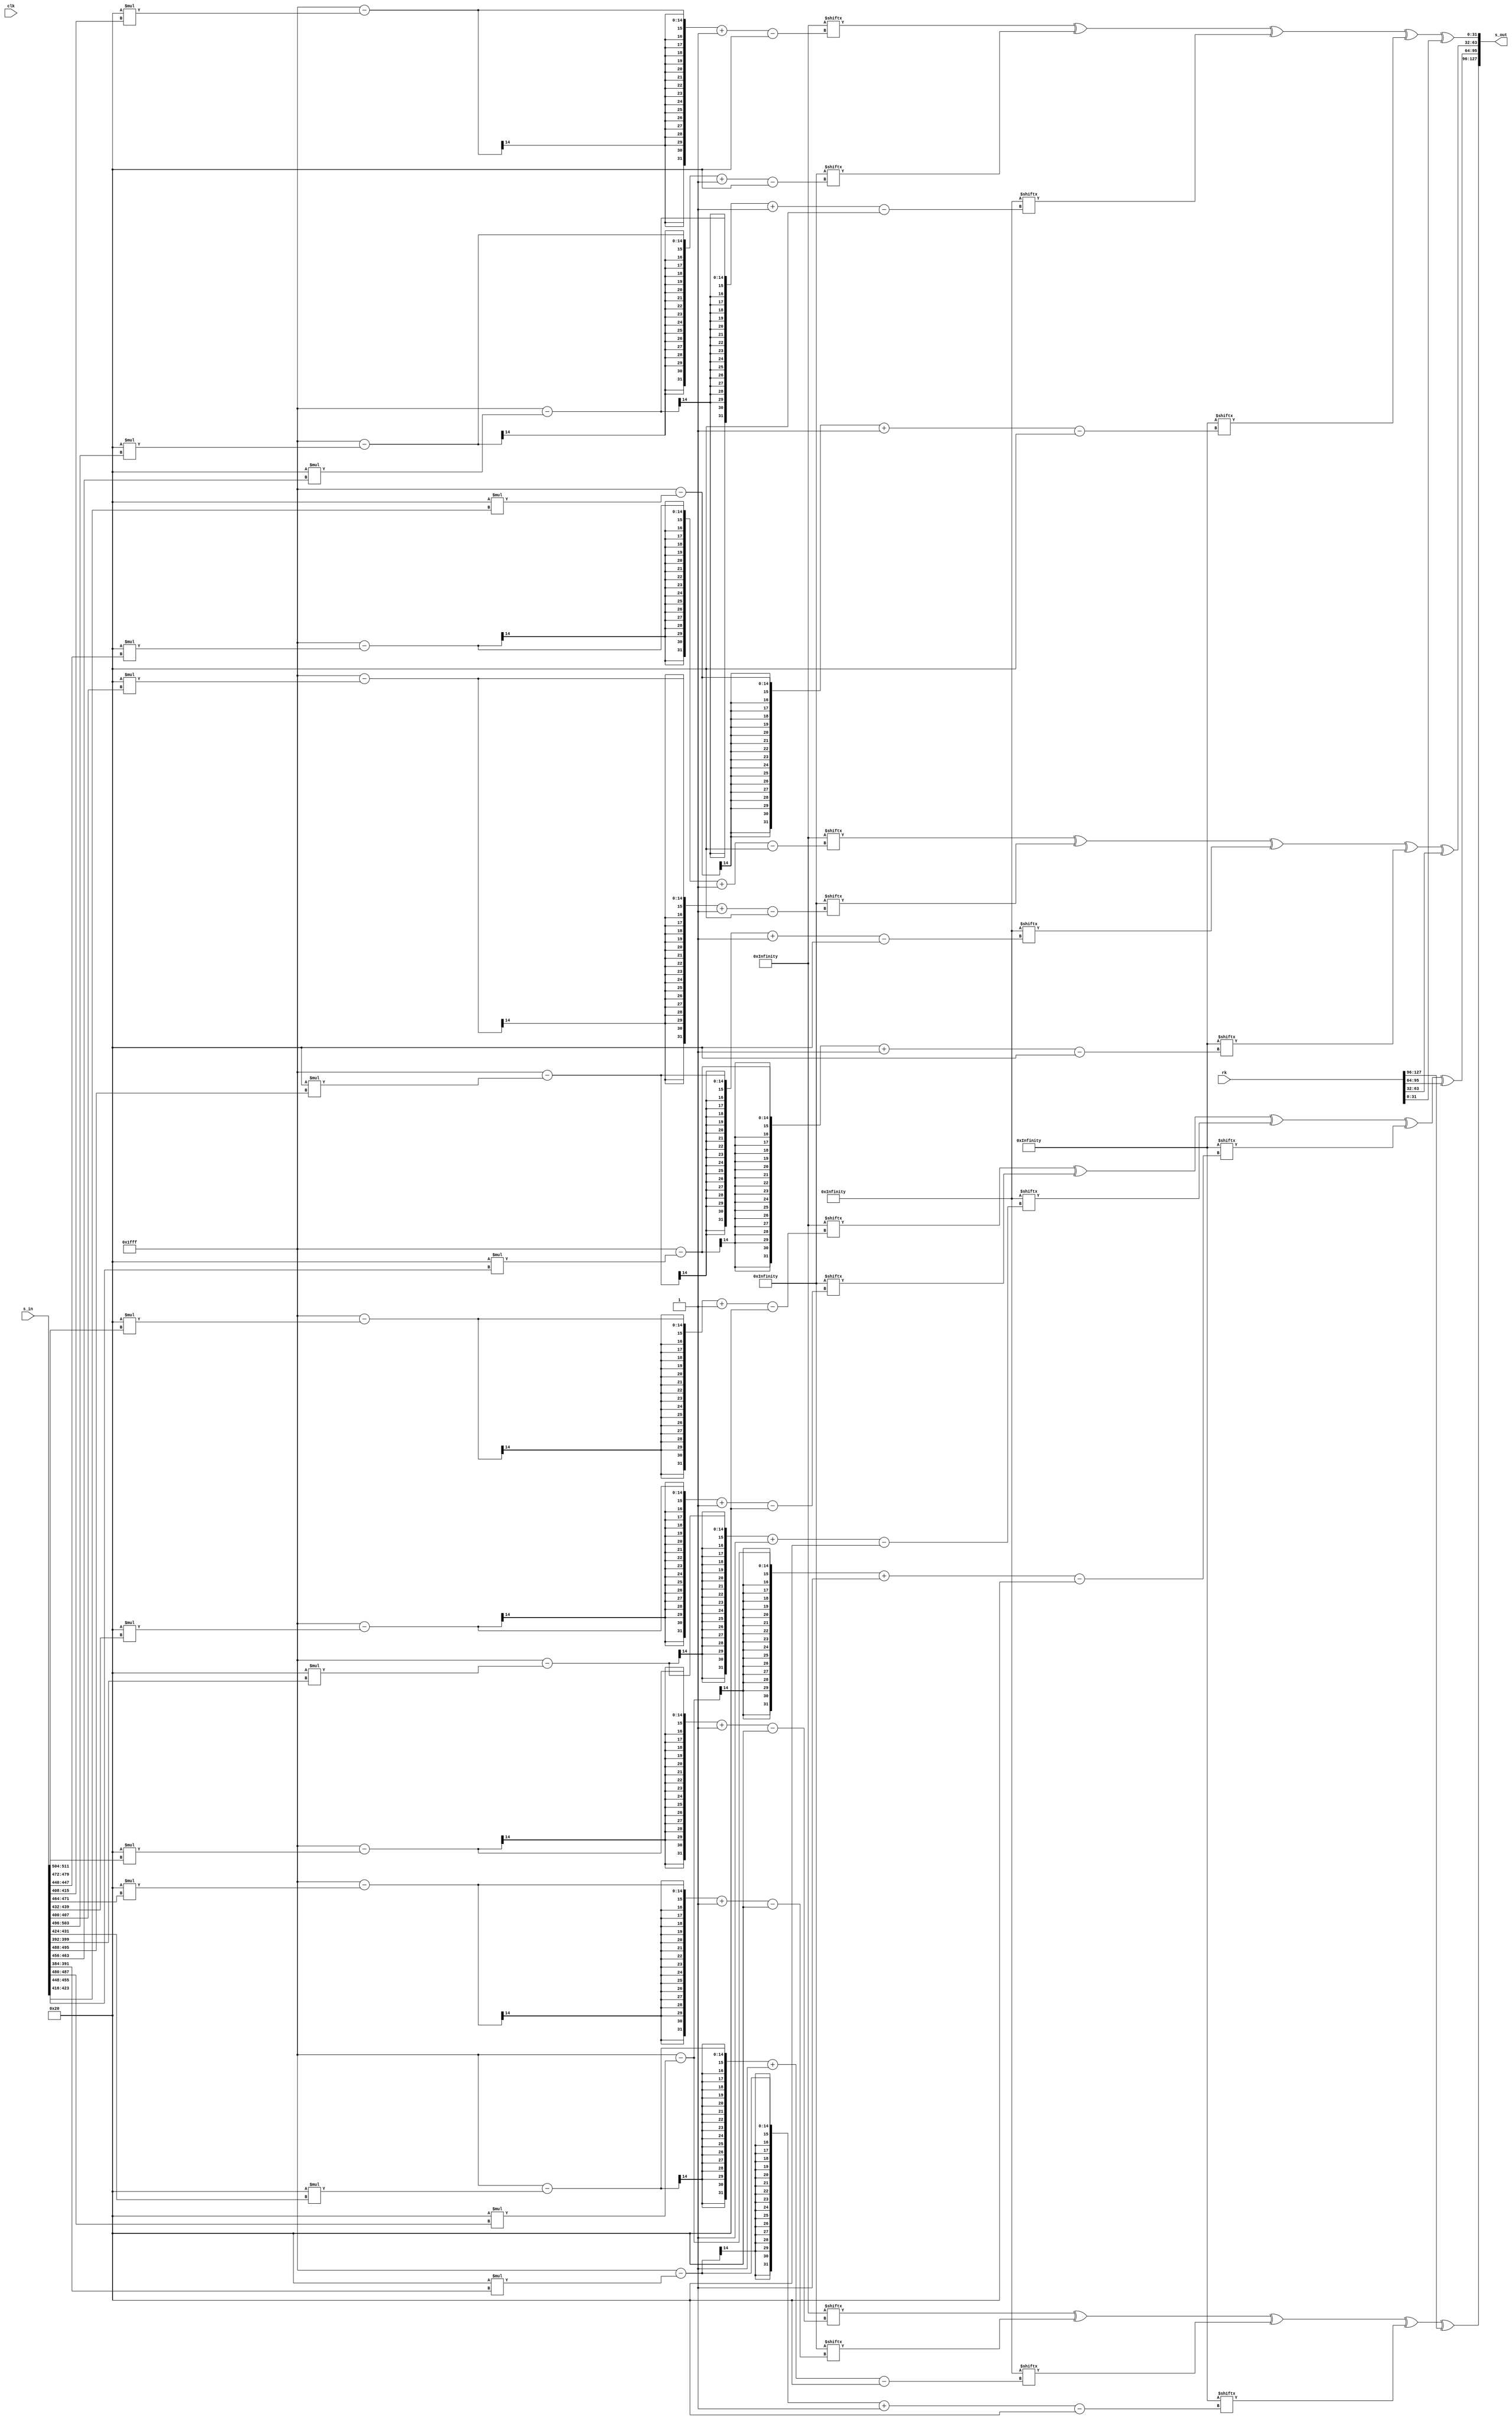
`timescale 1ns / 1ps

module aesenc_new(
    input clk,//I think only the top 128 bits are used at all?
    input [511:0] s_in, //input identical to c visually
    input [127:0] rk, //input identical to c visually
    output [127:0] s_out
    );
    
localparam sbox  = { 8'h63, 8'h7c, 8'h77, 8'h7b, 8'hf2, 8'h6b, 8'h6f, 8'hc5, 8'h30, 8'h01, 8'h67, 8'h2b, 8'hfe,
  8'hd7, 8'hab, 8'h76, 8'hca, 8'h82, 8'hc9, 8'h7d, 8'hfa, 8'h59, 8'h47, 8'hf0, 8'had, 8'hd4,
  8'ha2, 8'haf, 8'h9c, 8'ha4, 8'h72, 8'hc0, 8'hb7, 8'hfd, 8'h93, 8'h26, 8'h36, 8'h3f, 8'hf7,
  8'hcc, 8'h34, 8'ha5, 8'he5, 8'hf1, 8'h71, 8'hd8, 8'h31, 8'h15, 8'h04, 8'hc7, 8'h23, 8'hc3,
  8'h18, 8'h96, 8'h05, 8'h9a, 8'h07, 8'h12, 8'h80, 8'he2, 8'heb, 8'h27, 8'hb2, 8'h75, 8'h09,
  8'h83, 8'h2c, 8'h1a, 8'h1b, 8'h6e, 8'h5a, 8'ha0, 8'h52, 8'h3b, 8'hd6, 8'hb3, 8'h29, 8'he3,
  8'h2f, 8'h84, 8'h53, 8'hd1, 8'h00, 8'hed, 8'h20, 8'hfc, 8'hb1, 8'h5b, 8'h6a, 8'hcb, 8'hbe,
  8'h39, 8'h4a, 8'h4c, 8'h58, 8'hcf, 8'hd0, 8'hef, 8'haa, 8'hfb, 8'h43, 8'h4d, 8'h33, 8'h85,
  8'h45, 8'hf9, 8'h02, 8'h7f, 8'h50, 8'h3c, 8'h9f, 8'ha8, 8'h51, 8'ha3, 8'h40, 8'h8f, 8'h92,
  8'h9d, 8'h38, 8'hf5, 8'hbc, 8'hb6, 8'hda, 8'h21, 8'h10, 8'hff, 8'hf3, 8'hd2, 8'hcd, 8'h0c,
  8'h13, 8'hec, 8'h5f, 8'h97, 8'h44, 8'h17, 8'hc4, 8'ha7, 8'h7e, 8'h3d, 8'h64, 8'h5d, 8'h19,
  8'h73, 8'h60, 8'h81, 8'h4f, 8'hdc, 8'h22, 8'h2a, 8'h90, 8'h88, 8'h46, 8'hee, 8'hb8, 8'h14,
  8'hde, 8'h5e, 8'h0b, 8'hdb, 8'he0, 8'h32, 8'h3a, 8'h0a, 8'h49, 8'h06, 8'h24, 8'h5c, 8'hc2,
  8'hd3, 8'hac, 8'h62, 8'h91, 8'h95, 8'he4, 8'h79, 8'he7, 8'hc8, 8'h37, 8'h6d, 8'h8d, 8'hd5,
  8'h4e, 8'ha9, 8'h6c, 8'h56, 8'hf4, 8'hea, 8'h65, 8'h7a, 8'hae, 8'h08, 8'hba, 8'h78, 8'h25,
  8'h2e, 8'h1c, 8'ha6, 8'hb4, 8'hc6, 8'he8, 8'hdd, 8'h74, 8'h1f, 8'h4b, 8'hbd, 8'h8b, 8'h8a,
  8'h70, 8'h3e, 8'hb5, 8'h66, 8'h48, 8'h03, 8'hf6, 8'h0e, 8'h61, 8'h35, 8'h57, 8'hb9, 8'h86,
  8'hc1, 8'h1d, 8'h9e, 8'he1, 8'hf8, 8'h98, 8'h11, 8'h69, 8'hd9, 8'h8e, 8'h94, 8'h9b, 8'h1e,
  8'h87, 8'he9, 8'hce, 8'h55, 8'h28, 8'hdf, 8'h8c, 8'ha1, 8'h89, 8'h0d, 8'hbf, 8'he6, 8'h42,
  8'h68, 8'h41, 8'h99, 8'h2d, 8'h0f, 8'hb0, 8'h54, 8'hbb, 8'h16 };
  //unpacked because sysverilog won't allow packed localparams
  localparam [2047:0] saes_data_default = { 8'h63, 8'h7c, 8'h77, 8'h7b, 8'hf2, 8'h6b, 8'h6f, 8'hc5,
    8'h30, 8'h01, 8'h67, 8'h2b, 8'hfe, 8'hd7, 8'hab, 8'h76,
    8'hca, 8'h82, 8'hc9, 8'h7d, 8'hfa, 8'h59, 8'h47, 8'hf0,
    8'had, 8'hd4, 8'ha2, 8'haf, 8'h9c, 8'ha4, 8'h72, 8'hc0,
    8'hb7, 8'hfd, 8'h93, 8'h26, 8'h36, 8'h3f, 8'hf7, 8'hcc,
    8'h34, 8'ha5, 8'he5, 8'hf1, 8'h71, 8'hd8, 8'h31, 8'h15,
    8'h04, 8'hc7, 8'h23, 8'hc3, 8'h18, 8'h96, 8'h05, 8'h9a,
    8'h07, 8'h12, 8'h80, 8'he2, 8'heb, 8'h27, 8'hb2, 8'h75,
    8'h09, 8'h83, 8'h2c, 8'h1a, 8'h1b, 8'h6e, 8'h5a, 8'ha0,
    8'h52, 8'h3b, 8'hd6, 8'hb3, 8'h29, 8'he3, 8'h2f, 8'h84,
    8'h53, 8'hd1, 8'h00, 8'hed, 8'h20, 8'hfc, 8'hb1, 8'h5b,
    8'h6a, 8'hcb, 8'hbe, 8'h39, 8'h4a, 8'h4c, 8'h58, 8'hcf,
    8'hd0, 8'hef, 8'haa, 8'hfb, 8'h43, 8'h4d, 8'h33, 8'h85,
    8'h45, 8'hf9, 8'h02, 8'h7f, 8'h50, 8'h3c, 8'h9f, 8'ha8,
    8'h51, 8'ha3, 8'h40, 8'h8f, 8'h92, 8'h9d, 8'h38, 8'hf5,
    8'hbc, 8'hb6, 8'hda, 8'h21, 8'h10, 8'hff, 8'hf3, 8'hd2,
    8'hcd, 8'h0c, 8'h13, 8'hec, 8'h5f, 8'h97, 8'h44, 8'h17,
    8'hc4, 8'ha7, 8'h7e, 8'h3d, 8'h64, 8'h5d, 8'h19, 8'h73,
    8'h60, 8'h81, 8'h4f, 8'hdc, 8'h22, 8'h2a, 8'h90, 8'h88,
    8'h46, 8'hee, 8'hb8, 8'h14, 8'hde, 8'h5e, 8'h0b, 8'hdb,
    8'he0, 8'h32, 8'h3a, 8'h0a, 8'h49, 8'h06, 8'h24, 8'h5c,
    8'hc2, 8'hd3, 8'hac, 8'h62, 8'h91, 8'h95, 8'he4, 8'h79,
    8'he7, 8'hc8, 8'h37, 8'h6d, 8'h8d, 8'hd5, 8'h4e, 8'ha9,
    8'h6c, 8'h56, 8'hf4, 8'hea, 8'h65, 8'h7a, 8'hae, 8'h08,
    8'hba, 8'h78, 8'h25, 8'h2e, 8'h1c, 8'ha6, 8'hb4, 8'hc6,
    8'he8, 8'hdd, 8'h74, 8'h1f, 8'h4b, 8'hbd, 8'h8b, 8'h8a,
    8'h70, 8'h3e, 8'hb5, 8'h66, 8'h48, 8'h03, 8'hf6, 8'h0e,
    8'h61, 8'h35, 8'h57, 8'hb9, 8'h86, 8'hc1, 8'h1d, 8'h9e,
    8'he1, 8'hf8, 8'h98, 8'h11, 8'h69, 8'hd9, 8'h8e, 8'h94,
    8'h9b, 8'h1e, 8'h87, 8'he9, 8'hce, 8'h55, 8'h28, 8'hdf,
    8'h8c, 8'ha1, 8'h89, 8'h0d, 8'hbf, 8'he6, 8'h42, 8'h68,
    8'h41, 8'h99, 8'h2d, 8'h0f, 8'hb0, 8'h54, 8'hbb, 8'h16 };
   
   
localparam [32767:0] saes  ={128'hc66363a5f87c7c84ee777799f67b7b8d, 128'hfff2f20dd66b6bbdde6f6fb191c5c554,128'h6030305002010103ce6767a9562b2b7d,128'he7fefe19b5d7d7624dababe6ec76769a,128'h8fcaca451f82829d89c9c940fa7d7d87,128'heffafa15b25959eb8e4747c9fbf0f00b,128'h41adadecb3d4d4675fa2a2fd45afafea,128'h239c9cbf53a4a4f7e47272969bc0c05b,128'h75b7b7c2e1fdfd1c3d9393ae4c26266a,128'h6c36365a7e3f3f41f5f7f70283cccc4f,128'h6834345c51a5a5f4d1e5e534f9f1f108,128'he2717193abd8d873623131532a15153f,128'h0804040c95c7c752462323659dc3c35e,128'h30181828379696a10a05050f2f9a9ab5,128'h0e070709241212361b80809bdfe2e23d,128'hcdebeb264e2727697fb2b2cdea75759f,128'h1209091b1d83839e582c2c74341a1a2e,128'h361b1b2ddc6e6eb2b45a5aee5ba0a0fb,128'ha45252f6763b3b4db7d6d6617db3b3ce,128'h5229297bdde3e33e5e2f2f7113848497,128'ha65353f5b9d1d16800000000c1eded2c,128'h40202060e3fcfc1f79b1b1c8b65b5bed,128'hd46a6abe8dcbcb4667bebed97239394b,128'h944a4ade984c4cd4b05858e885cfcf4a,128'hbbd0d06bc5efef2a4faaaae5edfbfb16,128'h864343c59a4d4dd76633335511858594,128'h8a4545cfe9f9f91004020206fe7f7f81,128'ha05050f0783c3c44259f9fba4ba8a8e3,128'ha25151f35da3a3fe804040c0058f8f8a,128'h3f9292ad219d9dbc70383848f1f5f504,128'h63bcbcdf77b6b6c1afdada7542212163,128'h20101030e5ffff1afdf3f30ebfd2d26d,128'h81cdcd4c180c0c1426131335c3ecec2f,128'hbe5f5fe1359797a2884444cc2e171739,128'h93c4c45755a7a7f2fc7e7e827a3d3d47,128'hc86464acba5d5de73219192be6737395,128'hc06060a0198181989e4f4fd1a3dcdc7f,128'h44222266542a2a7e3b9090ab0b888883,128'h8c4646cac7eeee296bb8b8d32814143c,128'ha7dede79bc5e5ee2160b0b1daddbdb76,128'hdbe0e03b64323256743a3a4e140a0a1e,128'h924949db0c06060a4824246cb85c5ce4,128'h9fc2c25dbdd3d36e43acacefc46262a6,128'h399191a8319595a4d3e4e437f279798b,128'hd5e7e7328bc8c8436e373759da6d6db7,128'h018d8d8cb1d5d5649c4e4ed249a9a9e0,128'hd86c6cb4ac5656faf3f4f407cfeaea25,128'hca6565aff47a7a8e47aeaee910080818,128'h6fbabad5f07878884a25256f5c2e2e72,128'h381c1c2457a6a6f173b4b4c797c6c651,128'hcbe8e823a1dddd7ce874749c3e1f1f21,128'h964b4bdd61bdbddc0d8b8b860f8a8a85,128'he07070907c3e3e4271b5b5c4cc6666aa,128'h904848d806030305f7f6f6011c0e0e12,128'hc26161a36a35355fae5757f969b9b9d0,128'h1786869199c1c1583a1d1d27279e9eb9,128'hd9e1e138ebf8f8132b9898b322111133,128'hd26969bba9d9d970078e8e89339494a7,128'h2d9b9bb63c1e1e2215878792c9e9e920,128'h87cece49aa5555ff50282878a5dfdf7a,128'h038c8c8f59a1a1f8098989801a0d0d17,128'h65bfbfdad7e6e631844242c6d06868b8,128'h824141c3299999b05a2d2d771e0f0f11,128'h7bb0b0cba85454fc6dbbbbd62c16163a,128'ha5c6636384f87c7c99ee77778df67b7b,128'h0dfff2f2bdd66b6bb1de6f6f5491c5c5,128'h5060303003020101a9ce67677d562b2b,128'h19e7fefe62b5d7d7e64dabab9aec7676,128'h458fcaca9d1f82824089c9c987fa7d7d,128'h15effafaebb25959c98e47470bfbf0f0,128'hec41adad67b3d4d4fd5fa2a2ea45afaf,128'hbf239c9cf753a4a496e472725b9bc0c0,128'hc275b7b71ce1fdfdae3d93936a4c2626,128'h5a6c3636417e3f3f02f5f7f74f83cccc,128'h5c683434f451a5a534d1e5e508f9f1f1,128'h93e2717173abd8d8536231313f2a1515,128'h0c0804045295c7c7654623235e9dc3c3,128'h28301818a13796960f0a0505b52f9a9a,128'h090e0707362412129b1b80803ddfe2e2,128'h26cdebeb694e2727cd7fb2b29fea7575,128'h1b1209099e1d838374582c2c2e341a1a,128'h2d361b1bb2dc6e6eeeb45a5afb5ba0a0,128'hf6a452524d763b3b61b7d6d6ce7db3b3,128'h7b5229293edde3e3715e2f2f97138484,128'hf5a6535368b9d1d1000000002cc1eded,128'h604020201fe3fcfcc879b1b1edb65b5b,128'hbed46a6a468dcbcbd967bebe4b723939,128'hde944a4ad4984c4ce8b058584a85cfcf,128'h6bbbd0d02ac5efefe54faaaa16edfbfb,128'hc5864343d79a4d4d5566333394118585,128'hcf8a454510e9f9f90604020281fe7f7f,128'hf0a0505044783c3cba259f9fe34ba8a8,128'hf3a25151fe5da3a3c08040408a058f8f,128'had3f9292bc219d9d4870383804f1f5f5,128'hdf63bcbcc177b6b675afdada63422121,128'h302010101ae5ffff0efdf3f36dbfd2d2,128'h4c81cdcd14180c0c352613132fc3ecec,128'he1be5f5fa2359797cc884444392e1717,128'h5793c4c4f255a7a782fc7e7e477a3d3d,128'hacc86464e7ba5d5d2b32191995e67373,128'ha0c0606098198181d19e4f4f7fa3dcdc,128'h664422227e542a2aab3b9090830b8888,128'hca8c464629c7eeeed36bb8b83c281414,128'h79a7dedee2bc5e5e1d160b0b76addbdb,128'h3bdbe0e0566432324e743a3a1e140a0a,128'hdb9249490a0c06066c482424e4b85c5c,128'h5d9fc2c26ebdd3d3ef43acaca6c46262,128'ha8399191a431959537d3e4e48bf27979,128'h32d5e7e7438bc8c8596e3737b7da6d6d,128'h8c018d8d64b1d5d5d29c4e4ee049a9a9,128'hb4d86c6cfaac565607f3f4f425cfeaea,128'hafca65658ef47a7ae947aeae18100808,128'hd56fbaba88f078786f4a2525725c2e2e,128'h24381c1cf157a6a6c773b4b45197c6c6,128'h23cbe8e87ca1dddd9ce87474213e1f1f,128'hdd964b4bdc61bdbd860d8b8b850f8a8a,128'h90e07070427c3e3ec471b5b5aacc6666,128'hd89048480506030301f7f6f6121c0e0e,128'ha3c261615f6a3535f9ae5757d069b9b9,128'h911786865899c1c1273a1d1db9279e9e,128'h38d9e1e113ebf8f8b32b989833221111,128'hbbd2696970a9d9d989078e8ea7339494,128'hb62d9b9b223c1e1e9215878720c9e9e9,128'h4987ceceffaa5555785028287aa5dfdf,128'h8f038c8cf859a1a180098989171a0d0d,128'hda65bfbf31d7e6e6c6844242b8d06868,128'hc3824141b0299999775a2d2d111e0f0f,128'hcb7bb0b0fca85454d66dbbbb3a2c1616,128'h63a5c6637c84f87c7799ee777b8df67b,128'hf20dfff26bbdd66b6fb1de6fc55491c5,128'h305060300103020167a9ce672b7d562b,128'hfe19e7fed762b5d7abe64dab769aec76,128'hca458fca829d1f82c94089c97d87fa7d,128'hfa15effa59ebb25947c98e47f00bfbf0,128'hadec41add467b3d4a2fd5fa2afea45af,128'h9cbf239ca4f753a47296e472c05b9bc0,128'hb7c275b7fd1ce1fd93ae3d93266a4c26,128'h365a6c363f417e3ff702f5f7cc4f83cc,128'h345c6834a5f451a5e534d1e5f108f9f1,128'h7193e271d873abd831536231153f2a15,128'h040c0804c75295c723654623c35e9dc3,128'h1828301896a13796050f0a059ab52f9a,128'h07090e0712362412809b1b80e23ddfe2,128'heb26cdeb27694e27b2cd7fb2759fea75,128'h091b1209839e1d832c74582c1a2e341a,128'h1b2d361b6eb2dc6e5aeeb45aa0fb5ba0,128'h52f6a4523b4d763bd661b7d6b3ce7db3,128'h297b5229e33edde32f715e2f84971384,128'h53f5a653d168b9d100000000ed2cc1ed,128'h20604020fc1fe3fcb1c879b15bedb65b,128'h6abed46acb468dcbbed967be394b7239,128'h4ade944a4cd4984c58e8b058cf4a85cf,128'hd06bbbd0ef2ac5efaae54faafb16edfb,128'h43c586434dd79a4d3355663385941185,128'h45cf8a45f910e9f9020604027f81fe7f,128'h50f0a0503c44783c9fba259fa8e34ba8,128'h51f3a251a3fe5da340c080408f8a058f,128'h92ad3f929dbc219d38487038f504f1f5,128'hbcdf63bcb6c177b6da75afda21634221,128'h10302010ff1ae5fff30efdf3d26dbfd2,128'hcd4c81cd0c14180c13352613ec2fc3ec,128'h5fe1be5f97a2359744cc884417392e17,128'hc45793c4a7f255a77e82fc7e3d477a3d,128'h64acc8645de7ba5d192b32197395e673,128'h60a0c060819819814fd19e4fdc7fa3dc,128'h226644222a7e542a90ab3b9088830b88,128'h46ca8c46ee29c7eeb8d36bb8143c2814,128'hde79a7de5ee2bc5e0b1d160bdb76addb,128'he03bdbe0325664323a4e743a0a1e140a,128'h49db9249060a0c06246c48245ce4b85c,128'hc25d9fc2d36ebdd3acef43ac62a6c462,128'h91a8399195a43195e437d3e4798bf279,128'he732d5e7c8438bc837596e376db7da6d,128'h8d8c018dd564b1d54ed29c4ea9e049a9,128'h6cb4d86c56faac56f407f3f4ea25cfea,128'h65afca657a8ef47aaee947ae08181008,128'hbad56fba7888f078256f4a252e725c2e,128'h1c24381ca6f157a6b4c773b4c65197c6,128'he823cbe8dd7ca1dd749ce8741f213e1f,128'h4bdd964bbddc61bd8b860d8b8a850f8a,128'h7090e0703e427c3eb5c471b566aacc66,128'h48d8904803050603f601f7f60e121c0e,128'h61a3c261355f6a3557f9ae57b9d069b9,128'h86911786c15899c11d273a1d9eb9279e,128'he138d9e1f813ebf898b32b9811332211,128'h69bbd269d970a9d98e89078e94a73394,128'h9bb62d9b1e223c1e87921587e920c9e9,128'hce4987ce55ffaa5528785028df7aa5df,128'h8c8f038ca1f859a1898009890d171a0d,128'hbfda65bfe631d7e642c6844268b8d068,128'h41c3824199b029992d775a2d0f111e0f,128'hb0cb7bb054fca854bbd66dbb163a2c16,128'h6363a5c67c7c84f8777799ee7b7b8df6,128'hf2f20dff6b6bbdd66f6fb1dec5c55491,128'h30305060010103026767a9ce2b2b7d56,128'hfefe19e7d7d762b5ababe64d76769aec,128'hcaca458f82829d1fc9c940897d7d87fa,128'hfafa15ef5959ebb24747c98ef0f00bfb,128'hadadec41d4d467b3a2a2fd5fafafea45,128'h9c9cbf23a4a4f753727296e4c0c05b9b,128'hb7b7c275fdfd1ce19393ae3d26266a4c,128'h36365a6c3f3f417ef7f702f5cccc4f83,128'h34345c68a5a5f451e5e534d1f1f108f9,128'h717193e2d8d873ab3131536215153f2a,128'h04040c08c7c7529523236546c3c35e9d,128'h181828309696a13705050f0a9a9ab52f,128'h0707090e1212362480809b1be2e23ddf,128'hebeb26cd2727694eb2b2cd7f75759fea,128'h09091b1283839e1d2c2c74581a1a2e34,128'h1b1b2d366e6eb2dc5a5aeeb4a0a0fb5b,128'h5252f6a43b3b4d76d6d661b7b3b3ce7d,128'h29297b52e3e33edd2f2f715e84849713,128'h5353f5a6d1d168b900000000eded2cc1,128'h20206040fcfc1fe3b1b1c8795b5bedb6,128'h6a6abed4cbcb468dbebed96739394b72,128'h4a4ade944c4cd4985858e8b0cfcf4a85,128'hd0d06bbbefef2ac5aaaae54ffbfb16ed,128'h4343c5864d4dd79a3333556685859411,128'h4545cf8af9f910e9020206047f7f81fe,128'h5050f0a03c3c44789f9fba25a8a8e34b,128'h5151f3a2a3a3fe5d4040c0808f8f8a05,128'h9292ad3f9d9dbc2138384870f5f504f1,128'hbcbcdf63b6b6c177dada75af21216342,128'h10103020ffff1ae5f3f30efdd2d26dbf,128'hcdcd4c810c0c141813133526ecec2fc3,128'h5f5fe1be9797a2354444cc881717392e,128'hc4c45793a7a7f2557e7e82fc3d3d477a,128'h6464acc85d5de7ba19192b32737395e6,128'h6060a0c0818198194f4fd19edcdc7fa3,128'h222266442a2a7e549090ab3b8888830b,128'h4646ca8ceeee29c7b8b8d36b14143c28,128'hdede79a75e5ee2bc0b0b1d16dbdb76ad,128'he0e03bdb323256643a3a4e740a0a1e14,128'h4949db9206060a0c24246c485c5ce4b8,128'hc2c25d9fd3d36ebdacacef436262a6c4,128'h9191a8399595a431e4e437d379798bf2,128'he7e732d5c8c8438b3737596e6d6db7da,128'h8d8d8c01d5d564b14e4ed29ca9a9e049,128'h6c6cb4d85656faacf4f407f3eaea25cf,128'h6565afca7a7a8ef4aeaee94708081810,128'hbabad56f787888f025256f4a2e2e725c,128'h1c1c2438a6a6f157b4b4c773c6c65197,128'he8e823cbdddd7ca174749ce81f1f213e,128'h4b4bdd96bdbddc618b8b860d8a8a850f,128'h707090e03e3e427cb5b5c4716666aacc,128'h4848d89003030506f6f601f70e0e121c,128'h6161a3c235355f6a5757f9aeb9b9d069,128'h86869117c1c158991d1d273a9e9eb927,128'he1e138d9f8f813eb9898b32b11113322,128'h6969bbd2d9d970a98e8e89079494a733,128'h9b9bb62d1e1e223c87879215e9e920c9,128'hcece49875555ffaa28287850dfdf7aa5,128'h8c8c8f03a1a1f859898980090d0d171a,128'hbfbfda65e6e631d74242c6846868b8d0,128'h4141c3829999b0292d2d775a0f0f111e,128'hb0b0cb7b5454fca8bbbbd66d16163a2c};
   
   
localparam [15:0] wpoly = 16'b0000000100011011; //283 or 0x011b
localparam [127:0] test = {128'hc66363a5f87c7c84f87c7c84ee777799};

wire [127:0] s;
genvar i;

generate //allows s input to be identical to c code
    for(i=0; i<4; i = i+1)begin
        assign s[127 -(i*32)-: 32] = {s_in[487 -(i*32) -: 8],s_in[495 -(i*32) -: 8],s_in[503 -(i*32) -: 8],s_in[511 -(i*32) -: 8]  };
    end
endgenerate

reg [32:0] s_memory [15:0]; //for debugging

//quite sure xt and xt4 are no longer used at all
//function [7:0] xt;
//    input [7:0] v_in;
//    begin
//        xt = (((v_in) << 1) ^ ((((v_in) >> 7) & 1) * 8'h1b));
//    end
//endfunction

function [31:0] saes_b2w;
    input [31:0] b0;
    input [31:0] b1;
    input [31:0] b2;
    input [31:0] b3;
    begin
        saes_b2w = ((b3 <<24) | (b2 <<16) | (b1 <<8) | b0);
    end
endfunction

function saes_f2;
    input [31:0] x;
    begin
        saes_f2 = (x << 1) ^ ((( x >> 7 ) & 1'b1) * wpoly);
    end
endfunction

// saes_f3 is saes_f2(x) ^ x

function saes_u0;
    input [31:0]p;
    begin
        saes_u0 = saes_b2w(saes_f2(p),p,p,(saes_f2(p) ^p)); //last option is f3
    end
 endfunction
 
 function saes_u1;
    input [31:0]p;
    begin
        saes_u1 = saes_b2w((saes_f2(p) ^ p),saes_f2(p),p,p); //last option is f3
    end
 endfunction
 
 function saes_u2;
    input [31:0]p;
    begin
        saes_u2 = saes_b2w(p,(saes_f2(p)^p),saes_f2(p),p); //last option is f3
    end
 endfunction

 function saes_u3;
    input [31:0]p;
    begin
        saes_u3 = saes_b2w(p,p,(saes_f2(p)^p),saes_f2(p)); //last option is f3
    end
 endfunction

//it feels like saes_table is a static entity that can be pregenned using c then just set as a constant?
wire [8191:0] t[3:0];
wire [31:0] x0 = s[127-: 32];
wire [31:0] x1 = s[95-: 32];
wire [31:0] x2 = s[63-: 32];
wire [31:0] x3 = s[31-: 32];
wire [31:0] x0_a = x0 >> 8;
wire [31:0] x1_a = x1 >> 8;
wire [31:0] x2_a = x2 >> 8;
wire [31:0] x3_a = x3 >> 8;
wire [31:0] x0_b = x0 >> 16;
wire [31:0] x1_b = x1 >> 16;
wire [31:0] x2_b = x2 >> 16;
wire [31:0] x3_b = x3 >> 16;
wire [31:0] x0_c = x0 >> 24;
wire [31:0] x1_c = x1 >> 24;
wire [31:0] x2_c = x2 >> 24;
wire [31:0] x3_c = x3 >> 24;

assign t[0][8191:0] = saes[32767 -: 8192];
assign t[1]= saes[24575 -: 8192];
assign t[2] = saes[16383 -: 8192];
assign t[3][8191:0]= saes[8191 -: 8192]; //{128'h777799ee7b7b8df67b7b8df6f2f20dff,128'hf2f20dff6b6bbdd66b6bbdd66f6fb1de,128'h6f6fb1dec5c55491c5c5549130305060,128'h3030506001010302010103026767a9ce,128'h6767a9ce2b2b7d562b2b7d56fefe19e7,128'hfefe19e7d7d762b5d7d762b5ababe64d,128'hababe64d76769aec76769aeccaca458f,128'hcaca458f82829d1f82829d1fc9c94089,128'hc9c940897d7d87fa7d7d87fafafa15ef,128'hfafa15ef5959ebb25959ebb24747c98e,128'h4747c98ef0f00bfbf0f00bfbadadec41,128'hadadec41d4d467b3d4d467b3a2a2fd5f,128'ha2a2fd5fafafea45afafea459c9cbf23,128'h9c9cbf23a4a4f753a4a4f753727296e4,128'h727296e4c0c05b9bc0c05b9bb7b7c275,128'hb7b7c275fdfd1ce1fdfd1ce19393ae3d,128'h9393ae3d26266a4c26266a4c36365a6c,128'h36365a6c3f3f417e3f3f417ef7f702f5,128'hf7f702f5cccc4f83cccc4f8334345c68,128'h34345c68a5a5f451a5a5f451e5e534d1,128'he5e534d1f1f108f9f1f108f9717193e2,128'h717193e2d8d873abd8d873ab31315362,128'h3131536215153f2a15153f2a04040c08,128'h04040c08c7c75295c7c7529523236546,128'h23236546c3c35e9dc3c35e9d18182830,128'h181828309696a1379696a13705050f0a,128'h05050f0a9a9ab52f9a9ab52f0707090e,128'h0707090e121236241212362480809b1b,128'h80809b1be2e23ddfe2e23ddfebeb26cd,128'hebeb26cd2727694e2727694eb2b2cd7f,128'hb2b2cd7f75759fea75759fea09091b12,128'h09091b1283839e1d83839e1d2c2c7458,128'h2c2c74581a1a2e341a1a2e341b1b2d36,128'h1b1b2d366e6eb2dc6e6eb2dc5a5aeeb4,128'h5a5aeeb4a0a0fb5ba0a0fb5b5252f6a4,128'h5252f6a43b3b4d763b3b4d76d6d661b7,128'hd6d661b7b3b3ce7db3b3ce7d29297b52,128'h29297b52e3e33edde3e33edd2f2f715e,128'h2f2f715e84849713848497135353f5a6,128'h5353f5a6d1d168b9d1d168b900000000,128'h00000000eded2cc1eded2cc120206040,128'h20206040fcfc1fe3fcfc1fe3b1b1c879,128'hb1b1c8795b5bedb65b5bedb66a6abed4,128'h6a6abed4cbcb468dcbcb468dbebed967,128'hbebed96739394b7239394b724a4ade94,128'h4a4ade944c4cd4984c4cd4985858e8b0,128'h5858e8b0cfcf4a85cfcf4a85d0d06bbb,128'hd0d06bbbefef2ac5efef2ac5aaaae54f,128'haaaae54ffbfb16edfbfb16ed4343c586,128'h4343c5864d4dd79a4d4dd79a33335566,128'h3333556685859411858594114545cf8a,128'h4545cf8af9f910e9f9f910e902020604,128'h020206047f7f81fe7f7f81fe5050f0a0,128'h5050f0a03c3c44783c3c44789f9fba25,128'h9f9fba25a8a8e34ba8a8e34b5151f3a2,128'h5151f3a2a3a3fe5da3a3fe5d4040c080,128'h4040c0808f8f8a058f8f8a059292ad3f,128'h9292ad3f9d9dbc219d9dbc2138384870,128'h38384870f5f504f1f5f504f1bcbcdf63,128'hbcbcdf63b6b6c177b6b6c177dada75af,128'hdada75af212163422121634210103020,128'h10103020ffff1ae5ffff1ae5f3f30efd,128'hf3f30efdd2d26dbfd2d26dbfcdcd4c81,128'hcdcd4c810c0c14180c0c141813133526,128'h13133526ecec2fc3ecec2fc35f5fe1be,128'h5f5fe1be9797a2359797a2354444cc88,128'h4444cc881717392e1717392ec4c45793,128'hc4c45793a7a7f255a7a7f2557e7e82fc,128'h7e7e82fc3d3d477a3d3d477a6464acc8,128'h6464acc85d5de7ba5d5de7ba19192b32,128'h19192b32737395e6737395e66060a0c0,128'h6060a0c081819819818198194f4fd19e,128'h4f4fd19edcdc7fa3dcdc7fa322226644,128'h222266442a2a7e542a2a7e549090ab3b,128'h9090ab3b8888830b8888830b4646ca8c,128'h4646ca8ceeee29c7eeee29c7b8b8d36b,128'hb8b8d36b14143c2814143c28dede79a7,128'hdede79a75e5ee2bc5e5ee2bc0b0b1d16,128'h0b0b1d16dbdb76addbdb76ade0e03bdb,128'he0e03bdb32325664323256643a3a4e74,128'h3a3a4e740a0a1e140a0a1e144949db92,128'h4949db9206060a0c06060a0c24246c48,128'h24246c485c5ce4b85c5ce4b8c2c25d9f,128'hc2c25d9fd3d36ebdd3d36ebdacacef43,128'hacacef436262a6c46262a6c49191a839,128'h9191a8399595a4319595a431e4e437d3,128'he4e437d379798bf279798bf2e7e732d5,128'he7e732d5c8c8438bc8c8438b3737596e,128'h3737596e6d6db7da6d6db7da8d8d8c01,128'h8d8d8c01d5d564b1d5d564b14e4ed29c,128'h4e4ed29ca9a9e049a9a9e0496c6cb4d8,128'h6c6cb4d85656faac5656faacf4f407f3,128'hf4f407f3eaea25cfeaea25cf6565afca,128'h6565afca7a7a8ef47a7a8ef4aeaee947,128'haeaee9470808181008081810babad56f,128'hbabad56f787888f0787888f025256f4a,128'h25256f4a2e2e725c2e2e725c1c1c2438,128'h1c1c2438a6a6f157a6a6f157b4b4c773,128'hb4b4c773c6c65197c6c65197e8e823cb,128'he8e823cbdddd7ca1dddd7ca174749ce8,128'h74749ce81f1f213e1f1f213e4b4bdd96,128'h4b4bdd96bdbddc61bdbddc618b8b860d,128'h8b8b860d8a8a850f8a8a850f707090e0,128'h707090e03e3e427c3e3e427cb5b5c471,128'hb5b5c4716666aacc6666aacc4848d890,128'h4848d8900303050603030506f6f601f7,128'hf6f601f70e0e121c0e0e121c6161a3c2,128'h6161a3c235355f6a35355f6a5757f9ae,128'h5757f9aeb9b9d069b9b9d06986869117,128'h86869117c1c15899c1c158991d1d273a,128'h1d1d273a9e9eb9279e9eb927e1e138d9,128'he1e138d9f8f813ebf8f813eb9898b32b,128'h9898b32b11113322111133226969bbd2,128'h6969bbd2d9d970a9d9d970a98e8e8907,128'h8e8e89079494a7339494a7339b9bb62d,128'h9b9bb62d1e1e223c1e1e223c87879215,128'h87879215e9e920c9e9e920c9cece4987,128'hcece49875555ffaa5555ffaa28287850,128'h28287850dfdf7aa5dfdf7aa58c8c8f03,128'h8c8c8f03a1a1f859a1a1f85989898009,128'h898980090d0d171a0d0d171abfbfda65,128'hbfbfda65e6e631d7e6e631d74242c684,128'h4242c6846868b8d06868b8d04141c382,128'h4141c3829999b0299999b0292d2d775a,128'h2d2d775a0f0f111e0f0f111eb0b0cb7b,128'hb0b0cb7b5454fca85454fca8bbbbd66d,128'hbbbbd66d16163a2c16163a2c9d7b8175};
        
//genvar i,j;

//generate
//   for  (j =0; j<256; j = j +1) begin
//        assign t[0][8191 -(j*32) -: 32] = saes_u0(saes_data_default[2047 -(j*8) -: 8]);
//        assign t[1][8191 -(j*32) -: 32] = saes_u1(saes_data_default[2047 -(j*8) -: 8]);
//        assign t[2][8191 -(j*32) -: 32] = saes_u2(saes_data_default[2047 -(j*8) -: 8]);
//        assign t[3][8191 -(j*32) -: 32] = saes_u3(saes_data_default[2047 -(j*8) -: 8]);
        
        
//   end
//endgenerate

wire [31:0] y0 = t[0][8191-(32*(x0[7:0])) -: 32];// same as x0 & 0xff
wire [31:0] y1 = t[0][8191-(32*(x1[7:0])) -: 32];
wire [31:0] y2 = t[0][8191-(32*(x2[7:0])) -: 32];
wire [31:0] y3 = t[0][8191-(32*(x3[7:0])) -: 32];

wire [31:0] y0_a = y0 ^ t[1][8191-(32*(x1_a[7:0])) -: 32];// baked in t+256 to memory addresses
wire [31:0] y1_a = y1 ^ t[1][8191-(32*(x2_a[7:0])) -: 32];
wire [31:0] y2_a = y2 ^ t[1][8191-(32*(x3_a[7:0])) -: 32];
wire [31:0] y3_a = y3 ^ t[1][8191-(32*(x0_a[7:0])) -: 32];

wire [31:0] y0_b = y0_a ^ t[2][8191-(32*(x2_b[7:0])) -: 32];// same as x0 & 0xff
wire [31:0] y1_b = y1_a ^ t[2][8191-(32*(x3_b[7:0])) -: 32];
wire [31:0] y2_b = y2_a ^ t[2][8191-(32*(x0_b[7:0])) -: 32];
wire [31:0] y3_b = y3_a ^ t[2][8191-(32*(x1_b[7:0])) -: 32];

wire [31:0] y0_c = y0_b ^ t[3][8191-(32*(x3_c)) -: 32];// same as x0 & 0xff
wire [31:0] y1_c = y1_b ^ t[3][8191-(32*(x0_c)) -: 32];
wire [31:0] y2_c = y2_b ^ t[3][8191-(32*(x1_c)) -: 32];
wire [31:0] y3_c = y3_b ^ t[3][8191-(32*(x2_c)) -: 32];



assign s_out[127 -:32] = y0_c ^ rk[127 -: 32];
assign s_out[95 -:32] = y1_c ^ rk[95 -: 32];
assign s_out[63 -:32] = y2_c ^ rk[63 -: 32];
assign s_out[31 -:32] = y3_c ^ rk[31 -: 32];



//now generate output s 

endmodule